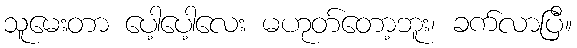
သူမေးတာ ပေါ့ပေါ့လေး မဟုတ်တော့ဘူး၊ ခက်လာပြီ။